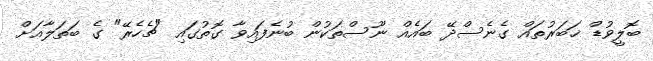
ބޮލީވުޑް ޚަބަރުތައް ގެނެސްދޭ ބައެއް ނޫސްތަކުން ބުނެފައިވާ ގޮތުގައި "ޗެހެރޭ" ގެ ބަތަލާއަށް